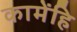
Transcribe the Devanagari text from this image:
कामेंहि